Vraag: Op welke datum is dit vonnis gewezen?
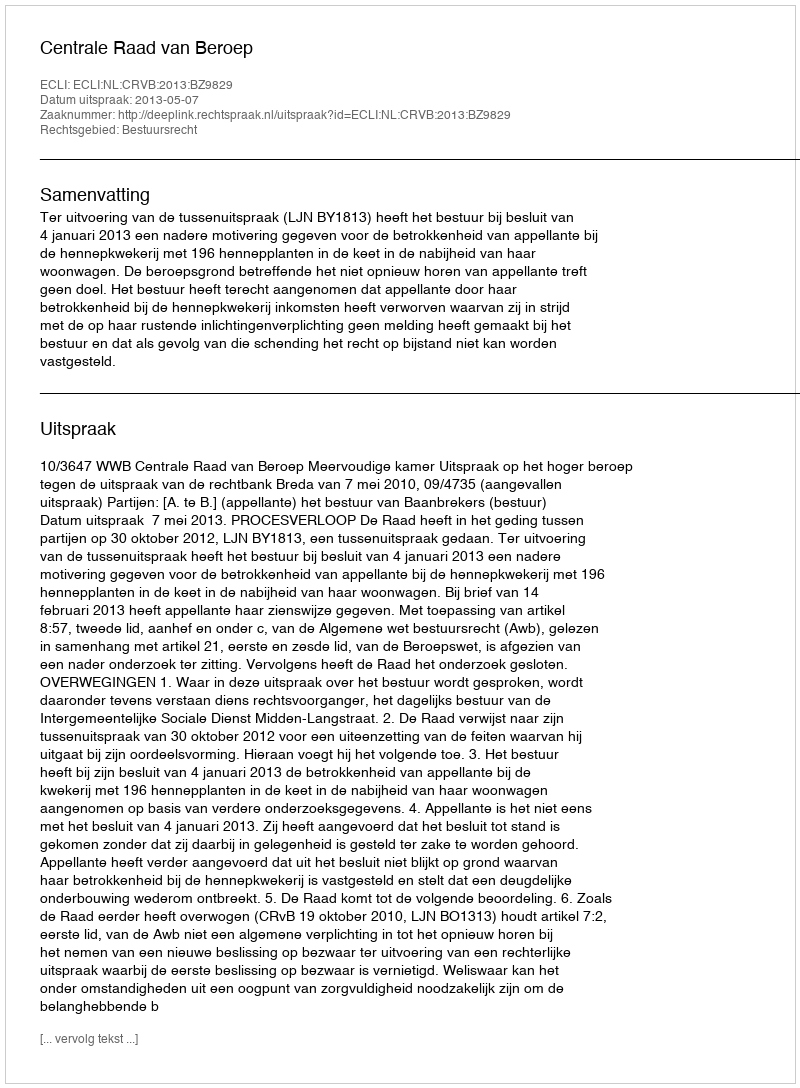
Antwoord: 2013-05-07